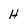
Character: h